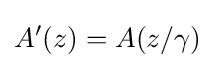
A'(z)=A(z/\gamma )